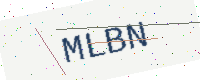
Text: MLBN